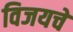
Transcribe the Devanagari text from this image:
विजयचे